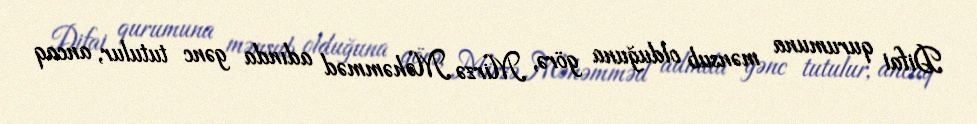
Difai qurumuna mənsub olduğuna görə, Mirzə Məhəmməd adında gənc tutulur, ancaq